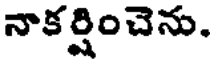
నాకర్షించెను.